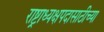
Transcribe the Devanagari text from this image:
राष्ट्राध्यक्षपदासाठीच्या